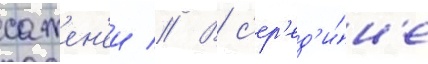
сажен'еи // В с'ер'ед'и́н'е